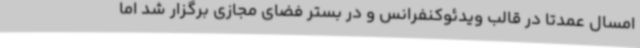
امسال عمدتا در قالب ویدئوکنفرانس و در بستر فضای مجازی برگزار شد اما